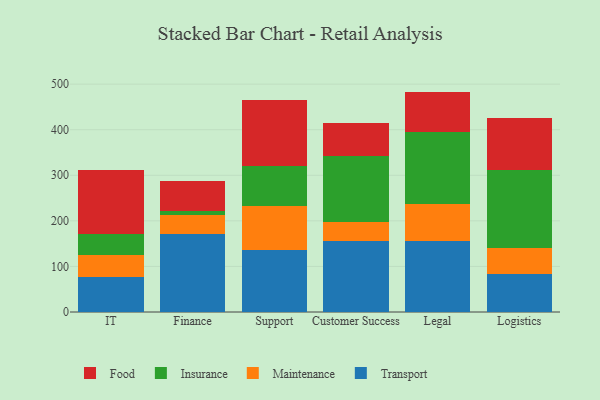
{"axis": {"x": "Department", "y": "Website Visitors"}, "legend": ["Food", "Insurance", "Maintenance", "Transport"], "data": [{"x": "IT", "y": 75.9, "type": "Transport"}, {"x": "IT", "y": 48.6, "type": "Maintenance"}, {"x": "IT", "y": 45.8, "type": "Insurance"}, {"x": "IT", "y": 141.8, "type": "Food"}, {"x": "Finance", "y": 170.3, "type": "Transport"}, {"x": "Finance", "y": 41.8, "type": "Maintenance"}, {"x": "Finance", "y": 9.4, "type": "Insurance"}, {"x": "Finance", "y": 64.9, "type": "Food"}, {"x": "Support", "y": 135.0, "type": "Transport"}, {"x": "Support", "y": 97.8, "type": "Maintenance"}, {"x": "Support", "y": 88.1, "type": "Insurance"}, {"x": "Support", "y": 145.0, "type": "Food"}, {"x": "Customer Success", "y": 156.3, "type": "Transport"}, {"x": "Customer Success", "y": 40.3, "type": "Maintenance"}, {"x": "Customer Success", "y": 145.0, "type": "Insurance"}, {"x": "Customer Success", "y": 73.1, "type": "Food"}, {"x": "Legal", "y": 154.9, "type": "Transport"}, {"x": "Legal", "y": 82.0, "type": "Maintenance"}, {"x": "Legal", "y": 158.6, "type": "Insurance"}, {"x": "Legal", "y": 88.1, "type": "Food"}, {"x": "Logistics", "y": 83.8, "type": "Transport"}, {"x": "Logistics", "y": 57.4, "type": "Maintenance"}, {"x": "Logistics", "y": 169.9, "type": "Insurance"}, {"x": "Logistics", "y": 113.9, "type": "Food"}]}